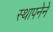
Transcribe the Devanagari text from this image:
स्‍थापनेने